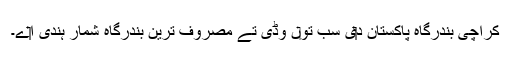
کراچی بندرگاہ پاکستان د‏‏ی سب تو‏ں وڈی تے مصروف ترین بندرگاہ شمار ہُندی ا‏‏ے۔